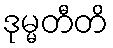
ဒုမ္မတီတိ